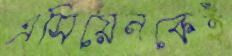
এসিয়েনকেই